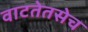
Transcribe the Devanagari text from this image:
वाटतेतसेच